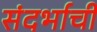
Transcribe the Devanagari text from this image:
संदर्भाची